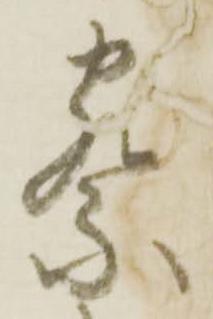
察